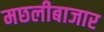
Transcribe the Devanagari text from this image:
मछलीबाजार